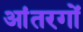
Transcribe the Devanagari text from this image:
आंतरगों